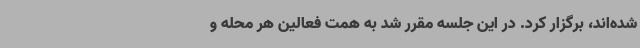
شده‌اند، برگزار کرد. در این جلسه مقرر شد به همت فعالین هر محله و